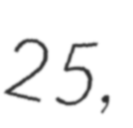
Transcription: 25,